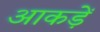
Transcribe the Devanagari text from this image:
आकड़ें